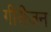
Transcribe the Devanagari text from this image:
गीरीजन